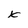
Character: x